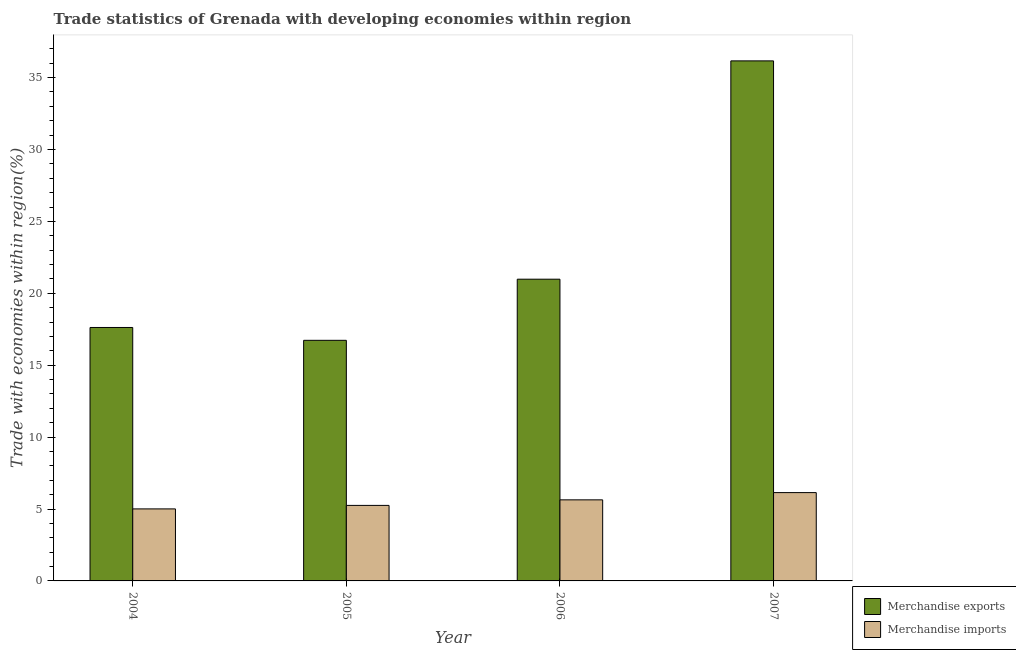
| Year | Merchandise exports | Merchandise imports |
 | --- | --- | --- |
 | 2004 | 17.6 | 5.01 |
 | 2005 | 16.7 | 5.25 |
 | 2006 | 21 | 5.64 |
 | 2007 | 36.2 | 6.14 |